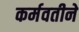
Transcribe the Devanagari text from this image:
कर्मवतीने